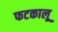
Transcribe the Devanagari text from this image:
फटकालू